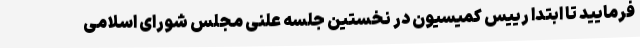
فرمایید تا ابتدا رییس کمیسیون در نخستین جلسه علنی مجلس شورای اسلامی